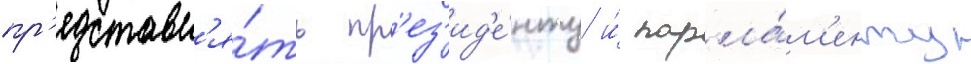
пр'едставл'я́ть пр'ез'ид'е́нту и́ парла́м'енту